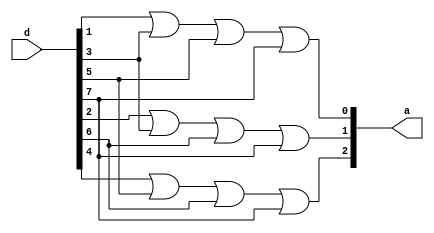
`timescale 1ns / 1ps
//////////////////////////////////////////////////////////////////////////////////
// Company: 
// Engineer: 
// 
// Design Name: 
// Module Name:    encoder8x1 
// Project Name: 
// Target Devices: 
// Tool versions: 
// Description: 
//
// Dependencies: 
//
// Revision: 
// Revision 0.01 - File Created
// Additional Comments: 
//
//////////////////////////////////////////////////////////////////////////////////
module encoder8x1(
    input [7:0] d,
    output [2:0] a
    );
	 
	 assign a[0]=d[1]|d[3]|d[5]|d[7];
	 assign a[1]=d[2]|d[3]|d[6]|d[7];
	 assign a[2]=d[4]|d[5]|d[6]|d[7];


endmodule